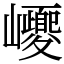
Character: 巎